Scottish Leaving Certificate Examination, 1960
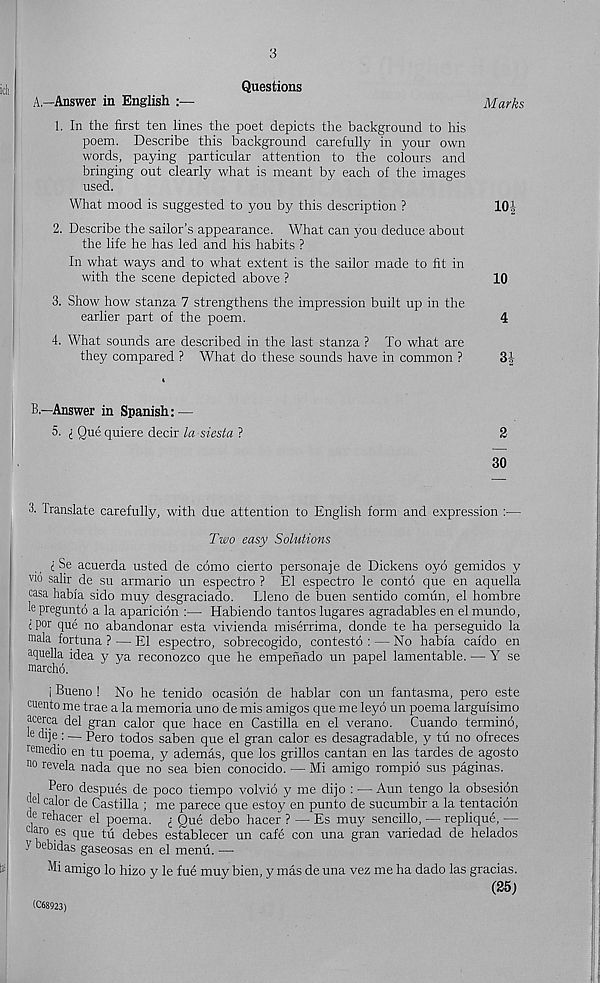
3
Questions
A,—Answer in English
Marks
1. In the first ten lines the poet depicts the background to his
poem. Describe this background carefully in your own
words, paying particular attention to the colours and
bringing out clearly what is meant by each of the images
used.
What mood is suggested to you by this description ?
10J
2. Describe the sailor’s appearance. What can you deduce about
the life he has led and his habits ?
In what ways and to what extent is the sailor made to fit in
with the scene depicted above ?
10
3. Show how stanza 7 strengthens the impression built up in the
earlier part of the poem.
4
4. What sounds are described in the last stanza ? To what are
they compared ? What do these sounds have in common ?
3|
B—Answer in Spanish: —
5. i Que quiere decir to sfeste ?
2
30
3. Translate carefully, with due attention to English form and expression :—
Two easy Solutions
i Se acuerda usted de como cierto persona] e de Dickens oyo gemidos y
vio salir de su armario un espectro ? El espectro le conto que en aquella
casa habia sido muy desgraciado. Lleno de buen sentido comun, el hombre
le pregunto a la aparicion :— Habiendo tantos lugares agradables en el mundo,
t por que no abandonar esta vivienda miserrima, donde te ha perseguido la
mala fortuna ? — El espectro, sobrecogido, contesto : — No habfa caido en
aquella idea y ya reconozco que he empenado un papel lamentable. — Y se
marcho.
i Bueno ! No he tenido ocasion de hablar con un fantasma, pero este
cuento me trae a la memoria uno de mis amigos que me leyo un poema larguisimo
acerca del gran calor que hace en Castilla en el verano. Cuando termino,
le dije ; — p e ro todos saben que el gran calor es desagradable, y tu no ofreces
remedio en tu poema, y ademas, que los grilles cantan en las tardes de agosto
no revela nada que no sea bien conocido. — Mi amigo rompio sus paginas.
Pero despues de poco tiempo volvio y me dijo : —Aun tengo la obsesion
eel calor de Castilla ; me parece que estoy en punto de sucumbir a la tentacion
l re hacer el poema.
Que debo hacer ? — Es muy sencillo, — replique, —
claro es que tu debes establecer un cafe con una gran variedad de helados
7 bebidas gaseosas en el menu. —
Mi amigo lo hizo y le fue muy bien, y mas de una vez me ha dado las gracias.
(25)
(C68923)